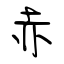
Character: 赤